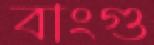
বাংগু